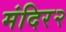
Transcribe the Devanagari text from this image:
मंदिर२